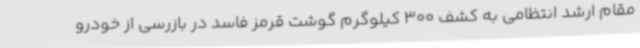
مقام ارشد انتظامی به کشف 300 کیلوگرم گوشت قرمز فاسد در بازرسی از خودرو